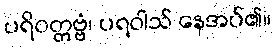
ပရိဝတ္တဗ္ဗံ၊ ပရဝါသ် နေအပ်၏။